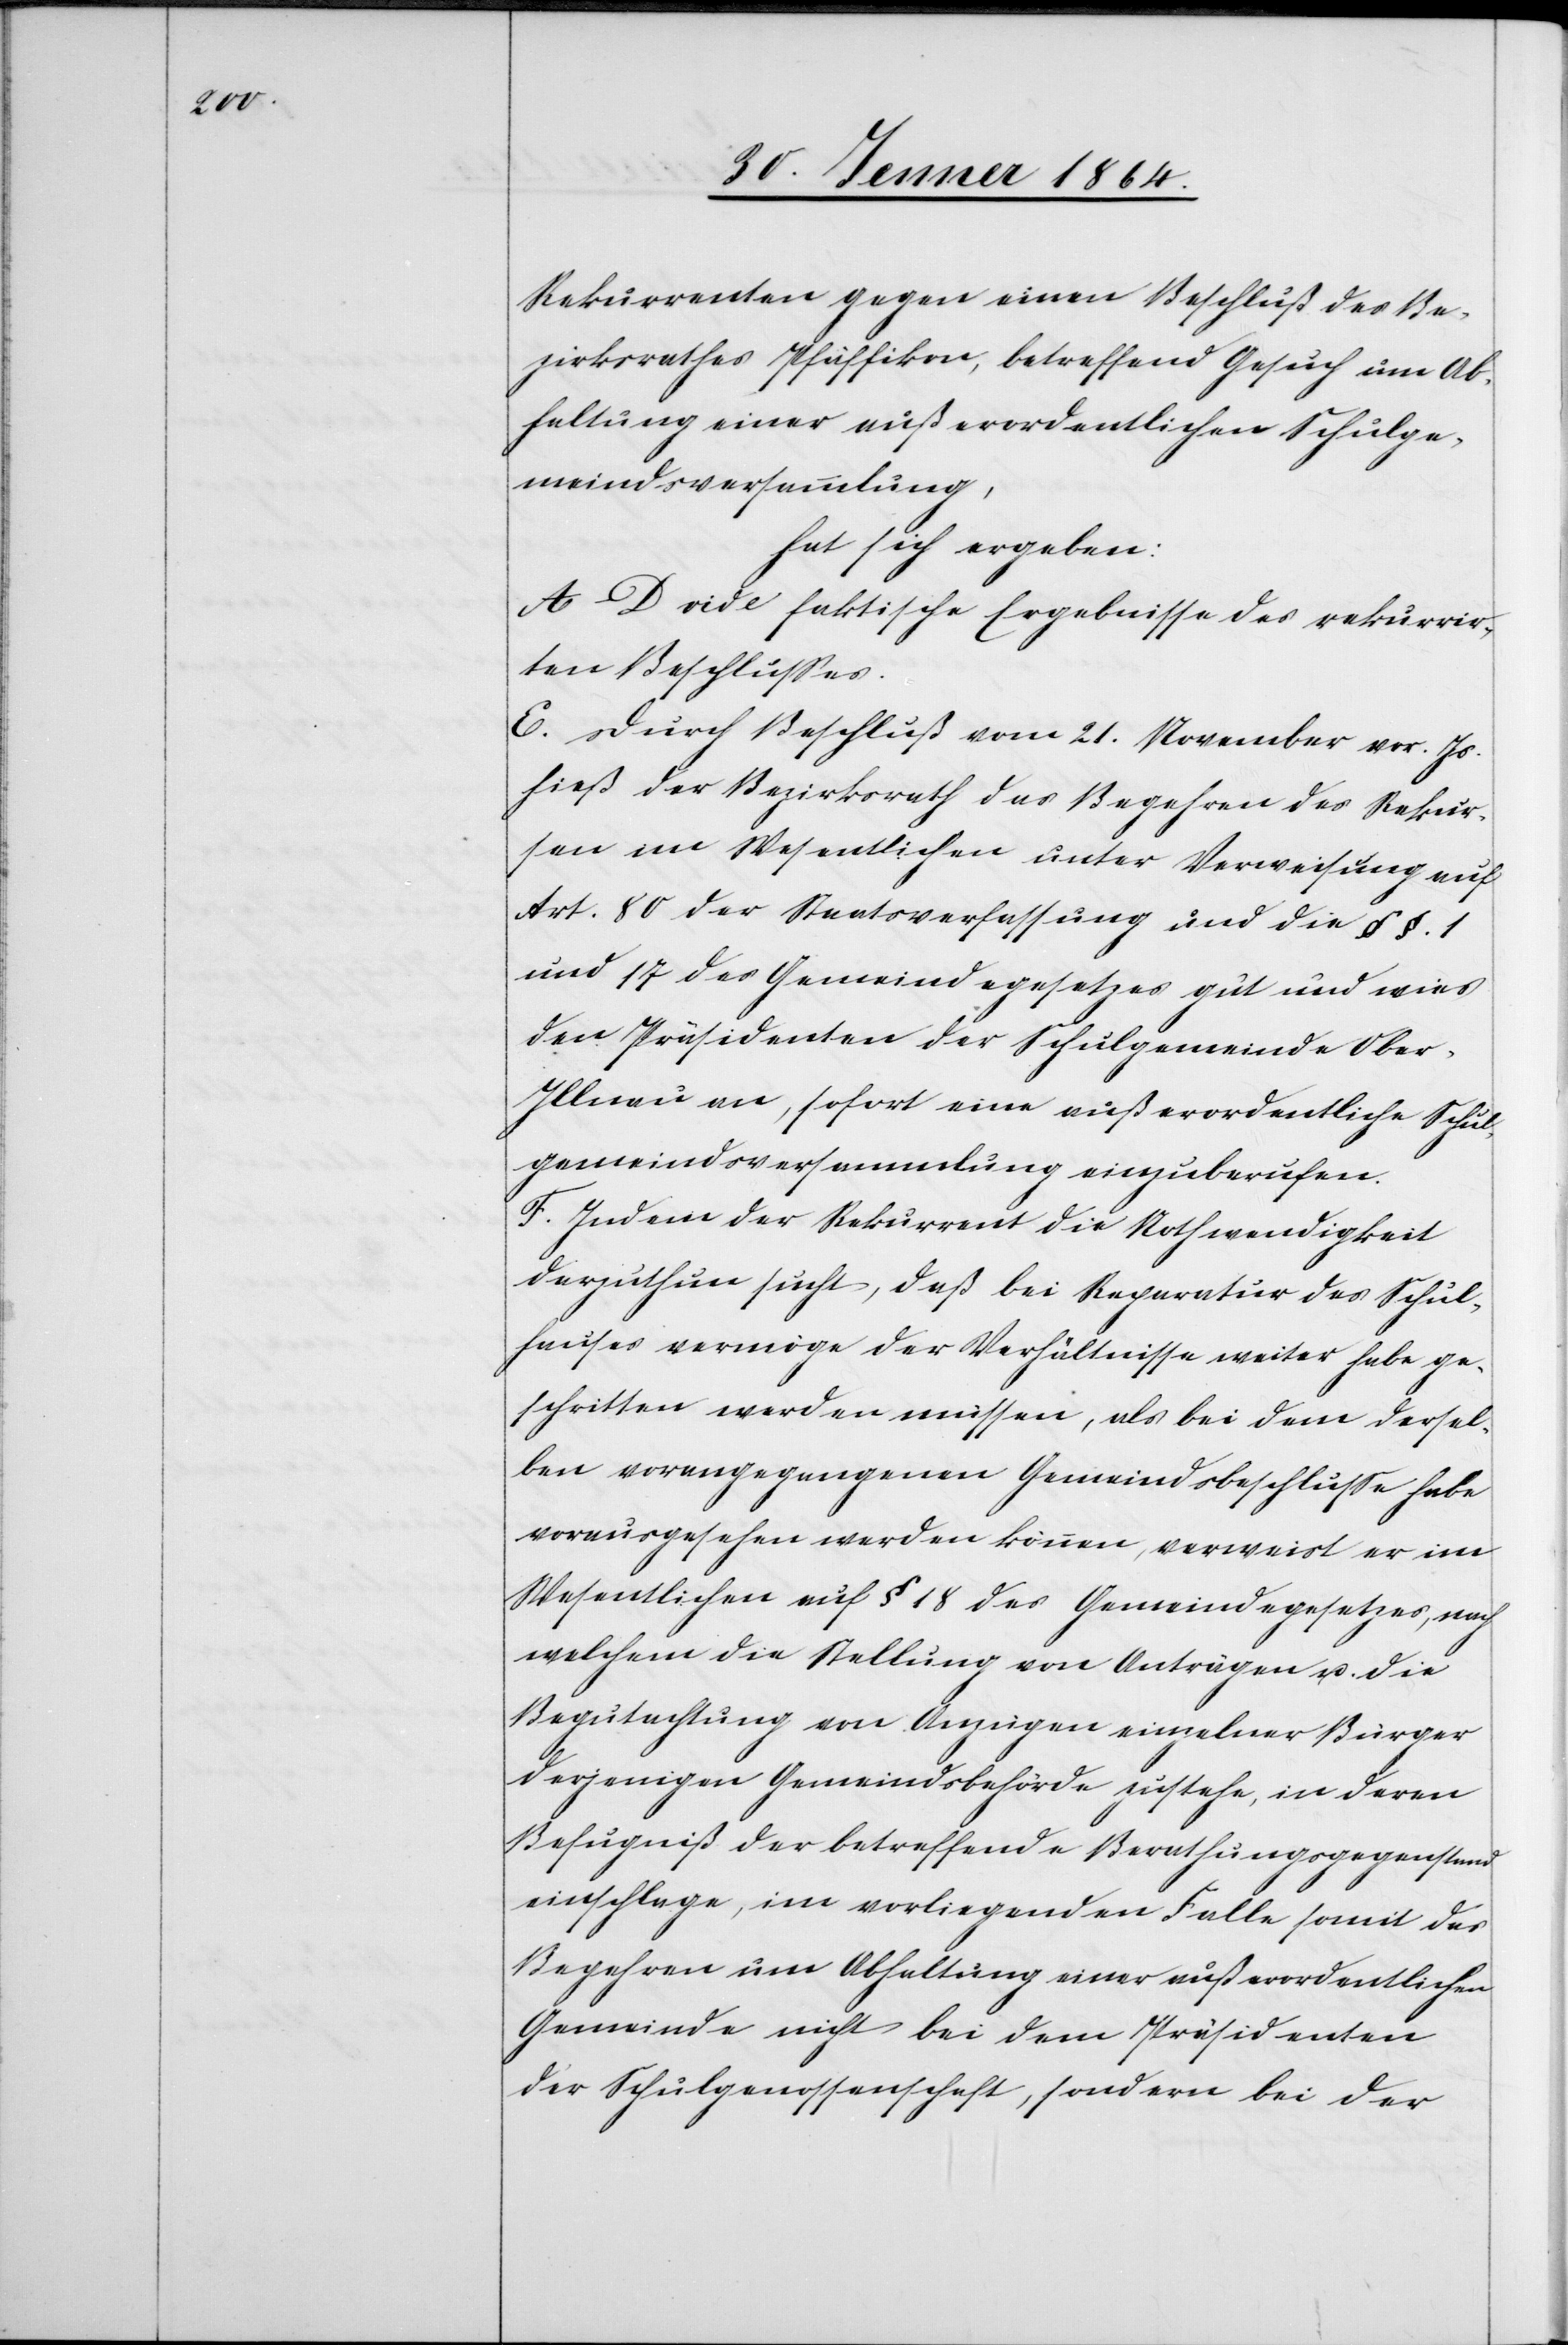
Rekurrenten gegen einen Beschluß des Be¬
zirksrathes Pfäffikon, betreffend Gesuch um Ab¬
haltung einer außerordentlichen Schulge¬
meindsversammlung,
hat sich ergeben:
A–D vide faktische Ergebnisse des rekurrir¬
ten Beschlusses.
E. Durch Beschluß vom 21. cNovember vor. Js.
hieß der Bezirksrath das Begehren des Rekur¬
sen im Wesentlichen unter Verweisung auf
Art. 80 der Staatsverfassung und die §§. 1
und 17 des Gemeindegesetzes gut und wies
den Präsidenten der Schulgemeinde Ober-I¬
llnau an, sofort eine außerordentliche Schul¬
gemeindsversammlung einzuberufen.
F. Indem der Rekurrent die Nothwendigkeit
darzuthun sucht, daß bei Reparatur des Schul¬
hauses vermöge der Verhältnisse weiter habe ge¬
schritten werden müssen, als bei dem dersel¬
ben vorangegangenen Gemeindsbeschlusse habe
vorausgesehen werden können, verweist er im
Wesentlichen auf § 18 des Gemeindegesetzes, nach
welchem die Stellung von Anträgen u. die
Begutachtung von Anzügen einzelner Bürger
derjenigen Gemeindsbehörde zustehe, in deren
Befugniß der betreffende Berathungsgegenstand
einschlage, im vorliegenden Falle somit das
Begehren um Abhaltung einer außerordentlichen
Gemeinde nicht bei dem Präsidenten
der Schulgenossenschaft, sondern bei der